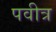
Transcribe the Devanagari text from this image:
पवीत्र